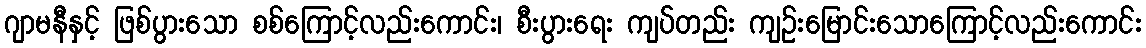
ဂျာမနီနှင့် ဖြစ်ပွားသော စစ်ကြောင့်လည်းကောင်း၊ စီးပွားရေး ကျပ်တည်း ကျဉ်းမြောင်းသောကြောင့်လည်းကောင်း